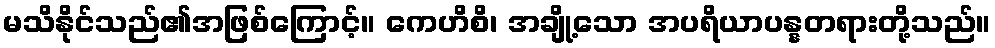
မသိနိုင်သည်၏အဖြစ်ကြောင့်။ ကေဟိစိ၊ အချို့သော အပရိယာပန္နတရားတို့သည်။